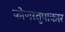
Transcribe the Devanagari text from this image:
कोणस्तुपाकार